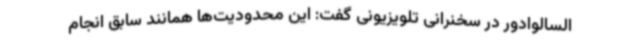
السالوادور در سخنرانی تلویزیونی گفت: این محدودیت‌ها همانند سابق انجام